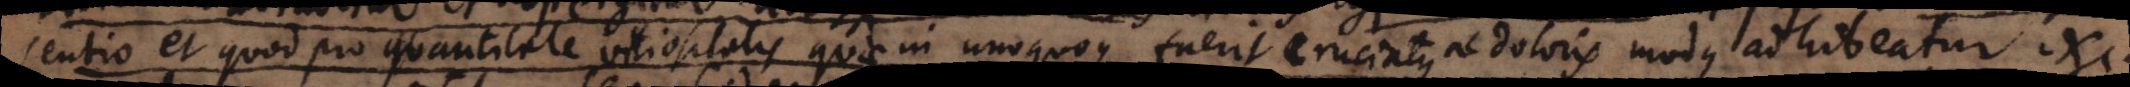
sentio et quod pro quantitate vitiositatis quae in unoquoque fuerit cruciatus ac doloris modus adhi